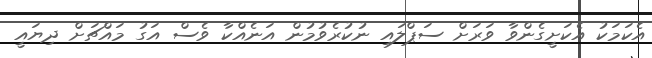
އެކަމަކު އެކަށީގެންވާ ވަރަށް ސަޕްލައި ނުކުރެވުމުން އަނެއްކާ ވެސް އަގު މައްޗަށް ދިޔައީ